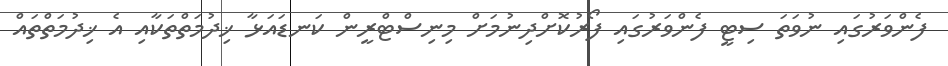
ފެންވަރުގައި ނުވަތަ ސިޓީ ފެންވަރުގައި ފޯރުކޮށްދިނުމަށް މިނިސްޓްރީން ކަނޑައަޅާ ޚިދުމަތްތަކާއި އެ ޚިދުމަތްތައް